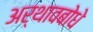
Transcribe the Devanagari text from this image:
अर्थावबोधे